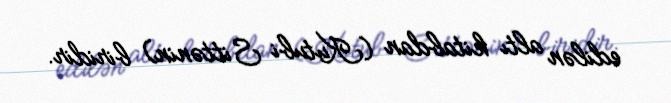
edilən altı kitabdan (Kutubi Sittənin) biridir.